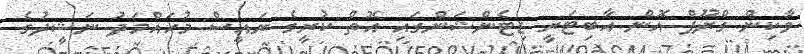
ވާކިން ގްރޫޕް އޮން އާބިޓަރީ ޑިޓެންޝަންގައި އޮތް ކުރީގެ ރައީސް މުހައްމަދު ނަޝީދުގެ